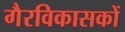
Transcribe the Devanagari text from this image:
गैरविकासकों